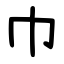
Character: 巾